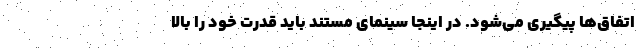
اتفاق‌ها پیگیری می‌شود. در اینجا سینمای مستند باید قدرت خود را بالا